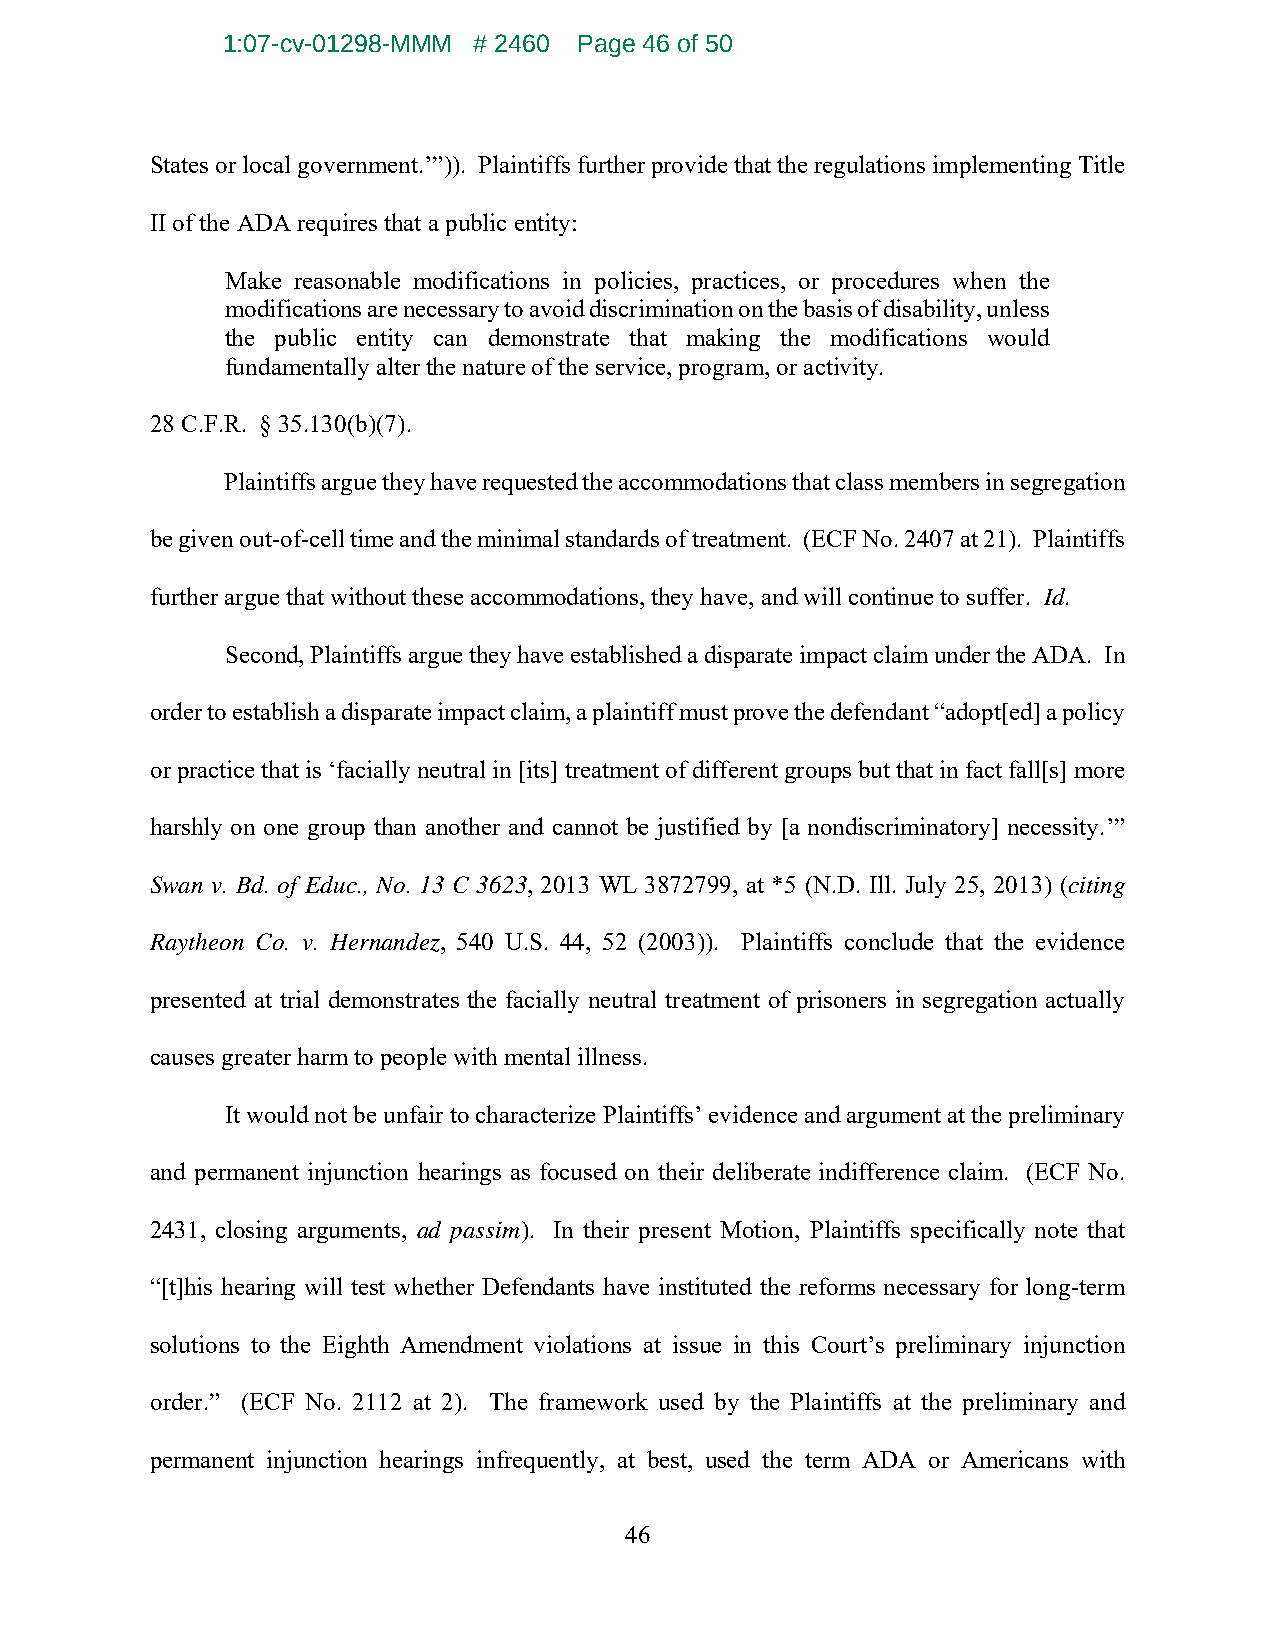
1:07-cv-01298-MMM # 2460 Page 46 of 50
 States or local government.’”)). Plaintiffs further provide that the regulations implementing Title
 II of the ADA requires that a public entity:
 Make reasonable modifications in policies, practices, or procedures when the
 modifications are necessary to avoid discrimination on the basis of disability, unless
 the public entity can demonstrate that making the modifications would
 fundamentally alter the nature of the service, program, or activity.
 28 C.F.R. § 35.130(b)(7).
 Plaintiffs argue they have requested the accommodations that class members in segregation
 be given out-of-cell time and the minimal standards of treatment. (ECF No. 2407 at 21). Plaintiffs
 further argue that without these accommodations, they have, and will continue to suffer. Id.
 Second, Plaintiffs argue they have established a disparate impact claim under the ADA. In
 order to establish a disparate impact claim, a plaintiff must prove the defendant “adopt[ed] a policy
 or practice that is ‘facially neutral in [its] treatment of different groups but that in fact fall[s] more
 harshly on one group than another and cannot be justified by [a nondiscriminatory] necessity.’”
 Swan v. Bd. of Educ., No. 13 C 3623, 2013 WL 3872799, at *5 (N.D. Ill. July 25, 2013) (citing
 Raytheon Co. v. Hernandez, 540 U.S. 44, 52 (2003)). Plaintiffs conclude that the evidence
 presented at trial demonstrates the facially neutral treatment of prisoners in segregation actually
 causes greater harm to people with mental illness.
 It would not be unfair to characterize Plaintiffs’ evidence and argument at the preliminary
 and permanent injunction hearings as focused on their deliberate indifference claim. (ECF No.
 2431, closing arguments, ad passim). In their present Motion, Plaintiffs specifically note that
 “[t]his hearing will test whether Defendants have instituted the reforms necessary for long-term
 solutions to the Eighth Amendment violations at issue in this Court’s preliminary injunction
 order.” (ECF No. 2112 at 2). The framework used by the Plaintiffs at the preliminary and
 permanent injunction hearings infrequently, at best, used the term ADA or Americans with
 46